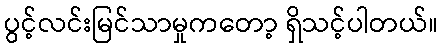
ပွင့်လင်းမြင်သာမှုကတော့ ရှိသင့်ပါတယ်။